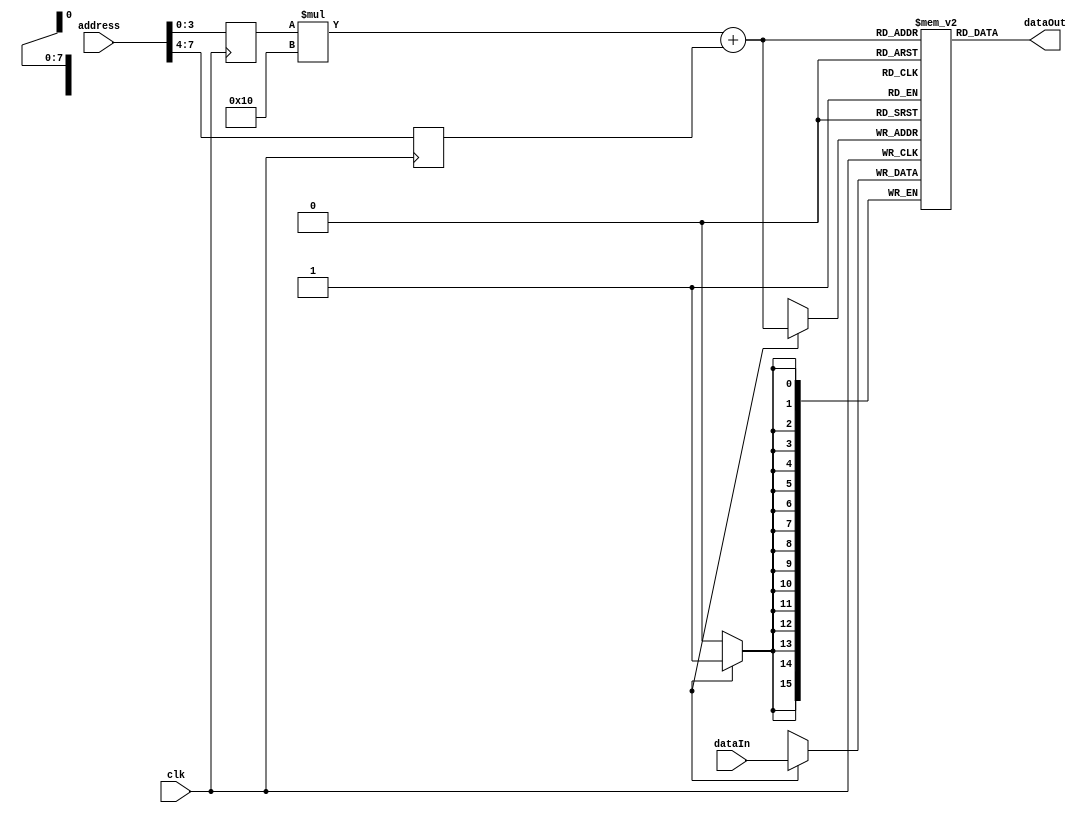
module MemoryBlocksHBM (
    input wire clk,
    input wire [15:0] address,
    input wire [15:0] dataIn,
    output reg [15:0] dataOut
);
    
// Memory blocks parameters
parameter NUM_ROWS = 16;
parameter NUM_COLS = 16;

// Memory blocks array
reg [15:0] memoryBlocks [NUM_ROWS-1:0][NUM_COLS-1:0];

// Address decoding logic
reg [3:0] selectedRow;
reg [3:0] selectedCol;
always @ (posedge clk) begin
    selectedRow <= address[3:0];
    selectedCol <= address[7:4];
end

// Read operation
always @ (*) begin
    dataOut = memoryBlocks[selectedRow][selectedCol];
end

// Write operation
always @ (posedge clk) begin
    if (writeEnable) begin
        memoryBlocks[selectedRow][selectedCol] <= dataIn;
    end
end

endmodule